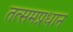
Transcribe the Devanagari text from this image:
तत्समप्रधान